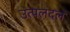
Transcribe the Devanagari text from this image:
उत्पलदल